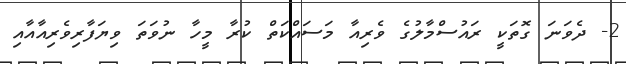
2- ދެވަނަ ގޮތަކީ ރައުސްމާލުގެ ވެރިއާ މަސައްކަތް ކުރާ މީހާ ނުވަތަ ވިޔަފާރިވެރިއާއާއި